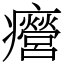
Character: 㿘